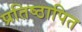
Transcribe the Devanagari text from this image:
प्रतिष्ठापित